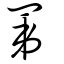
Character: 罤